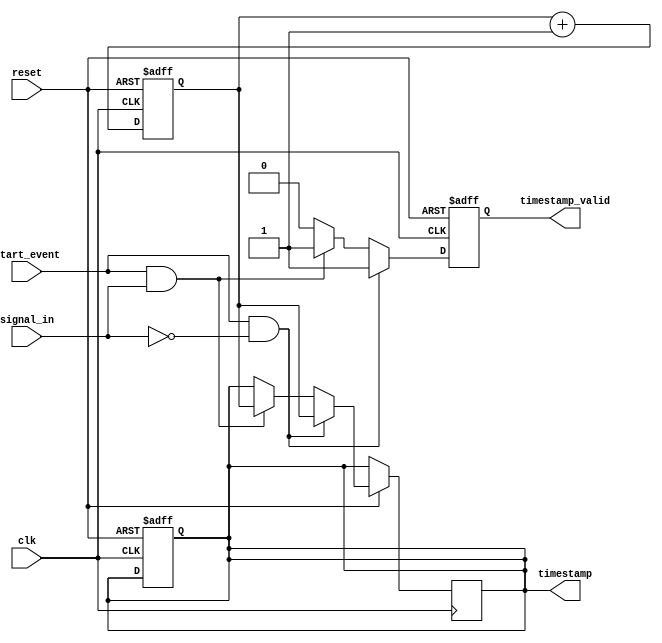
module timing_ctrl_sync(
    input wire clk,              // external clock
    input wire reset,            // asynchronous reset
    input wire start_event,      // signal to trigger timestamping
    input wire signal_in,        // input signal to detect rising and falling edges
    output wire timestamp_valid, // output indicating valid timestamp
    output reg [31:0] timestamp   // register to store timing information
);

reg [31:0] elapsed_time;        // elapsed time in the design

always @(posedge clk or negedge reset) begin
    if (reset == 1'b0) begin
        elapsed_time <= 32'h0; // reset elapsed time
        timestamp <= 32'h0;    // reset timestamp register
    end else begin
        elapsed_time <= elapsed_time + 1; // increment elapsed time on every clock cycle
    end
end

always @(posedge clk or negedge reset) begin
    if (reset == 1'b0) begin
        timestamp_valid <= 1'b0; // reset timestamp validity
    end else begin
        if (start_event == 1 && signal_in == 1'b0) begin
            timestamp <= elapsed_time; // timestamp event on falling edge of signal
            timestamp_valid <= 1'b1; // set timestamp as valid
        end else if (start_event == 1 && signal_in == 1'b1) begin
            timestamp <= elapsed_time; // timestamp event on rising edge of signal
            timestamp_valid <= 1'b1; // set timestamp as valid
        end else begin
            timestamp_valid <= 1'b0; // clear timestamp validity
        end
    end
end

endmodule